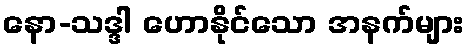
နော-သဒ္ဒါ ဟောနိုင်သော အနက်များ